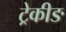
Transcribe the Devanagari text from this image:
ट्रेकीङ